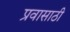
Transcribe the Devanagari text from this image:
प्रवासाठी